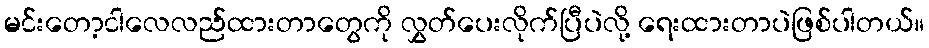
မင်းတော့ငါလေလည်ထားတာတွေကို လွှတ်ပေးလိုက်ပြီပဲလို့ ရေးထားတာပဲဖြစ်ပါတယ်။